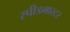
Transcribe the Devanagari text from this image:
स्पीडमास्टर